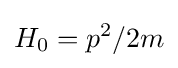
H_{0}=p^{2}/2m